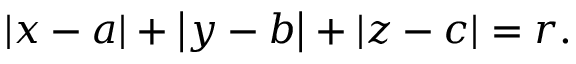
\left| x - a \right| + \left| y - b \right| + \left| z - c \right| = r .